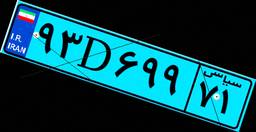
۹۳D۶۹۹۷۱